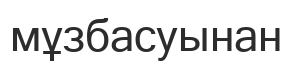
мұзбасуынан